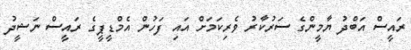
ރައީސް އަބްދު ޔާމީންގެ ސަރުކާރު ވެރިކަމަށް އައި ފަހުން އެމްޑީޕީގެ ރައީސް ނަޝީދު